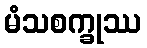
မံသစက္ခုဿ